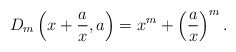
\begin{align*}D_{m}\left (x+\frac{a}{x}, a\right) = x^{m} + \left(\frac{a}{x}\right)^{m}.\end{align*}